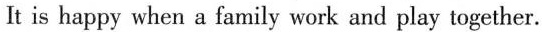
It is happy when a family work and play together.